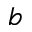
^ b